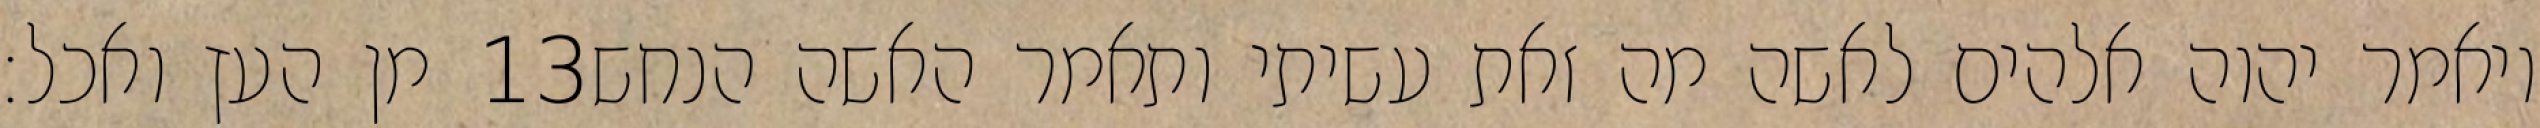
מן העץ ואכל׃ ‎13‏ ויאמר יהוה אלהים לאשה מה זאת עשיתי ותאמר האשה הנחש